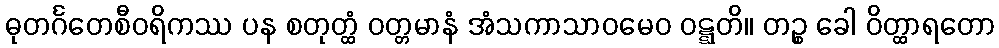
ဓုတင်္ဂတေစီဝရိကဿ ပန စတုတ္ထံ ဝတ္တမာနံ အံသကာသာဝမေဝ ဝဋ္ဋတိ။ တဉ္စ ခေါ ဝိတ္ထာရတော